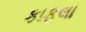
કાફલા